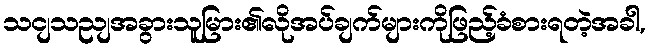
သငျသညျအခွားသူမြား၏လိုအပ်ချက်များကိုဖြည့်ခံစားရတဲ့အခါ,